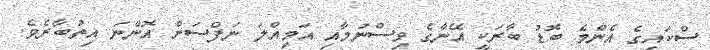
ސްކައިގެ އެންމެ ބޮޑު ބާރަކީ އޭނާގެ ވިސްނުމާއި އަމިއްލަ ނަފްސަށް އޮންނަ އިތުބާރެވެ.